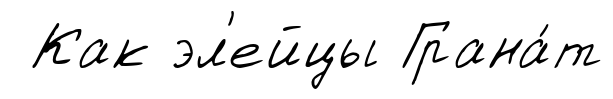
Как эл'ейцы Грана́т